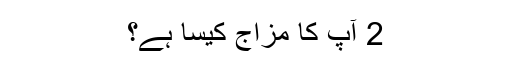
2 ٓآپ کا مزاج کیسا ہے؟